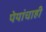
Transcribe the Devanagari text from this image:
पेयांचाही